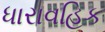
ધારાવહિક